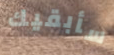
سأبقيك